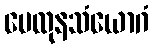
မေထုနသံယောဂံ